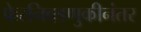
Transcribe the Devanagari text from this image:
फेरनिवडणुकीनंतर